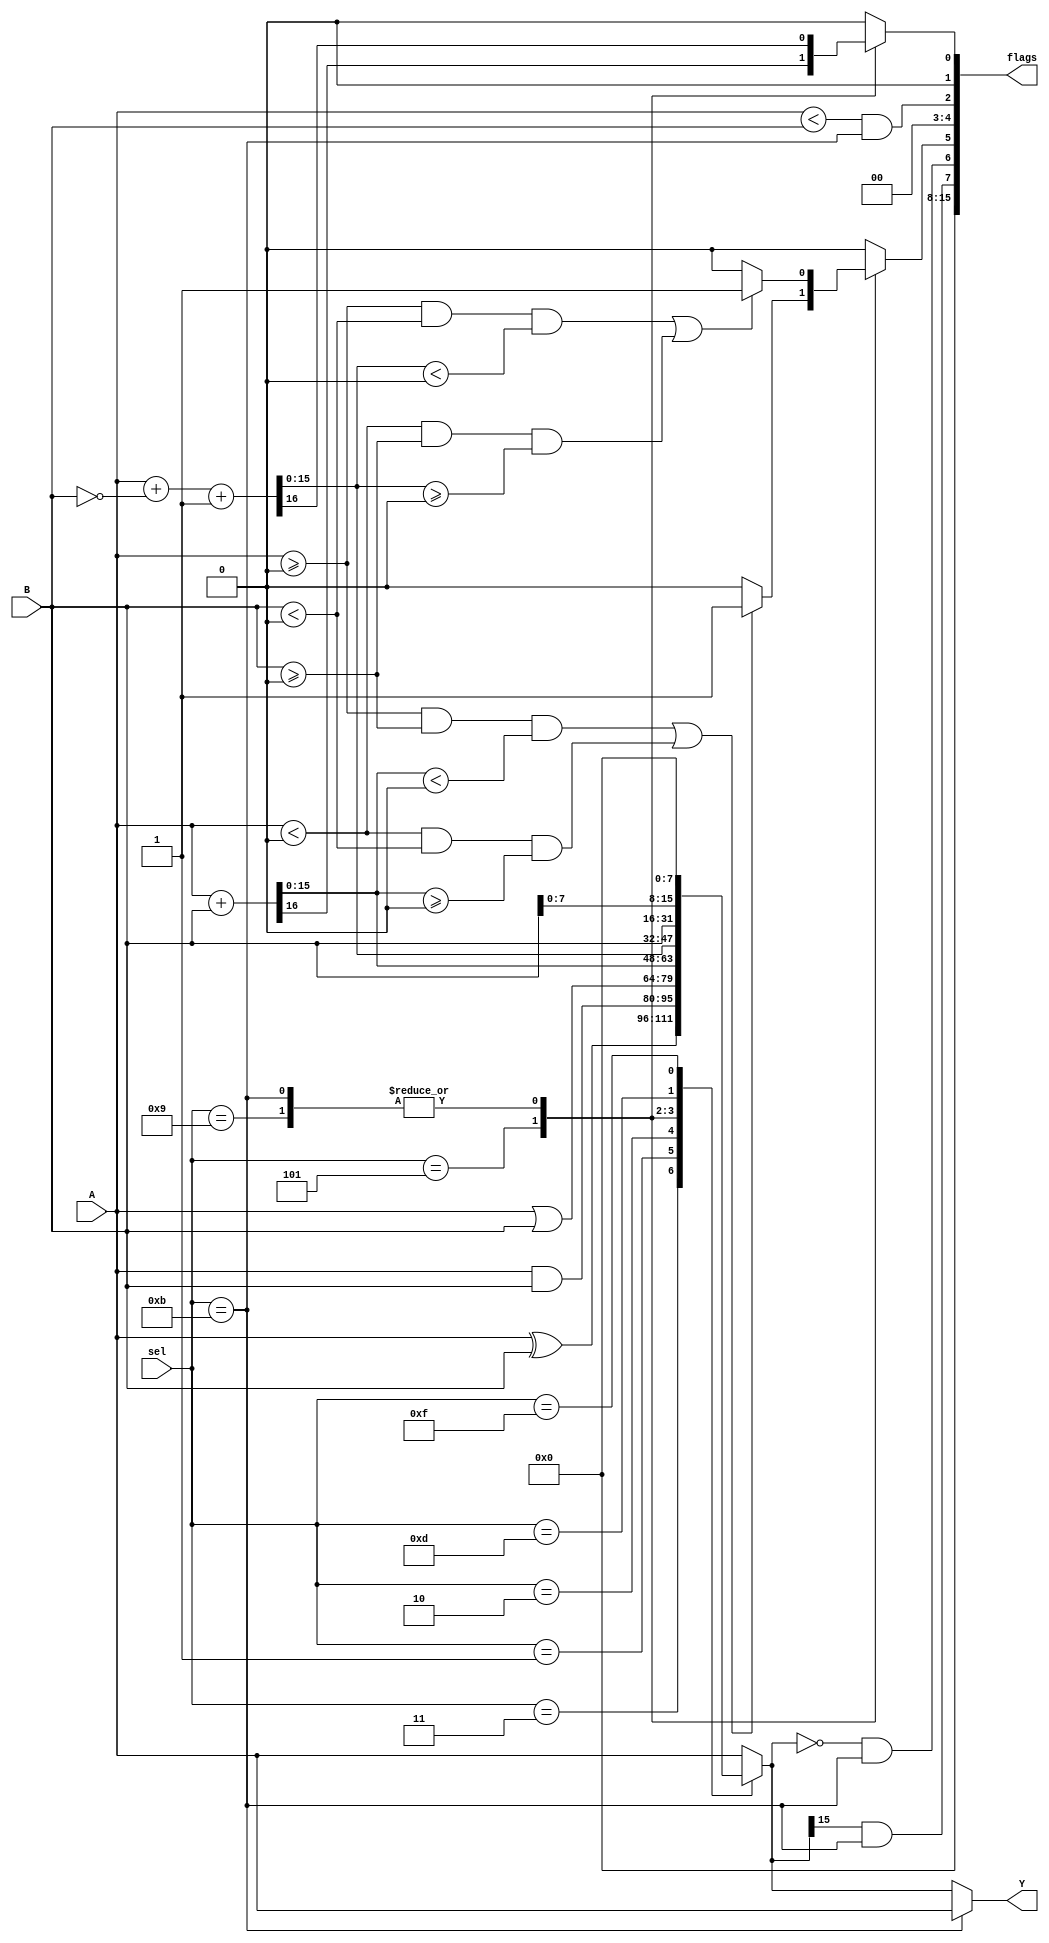
module alu_behav
	( output [15:0] Y,
	  output [15:0] flags,
	  input [15:0] A,
	  input [15:0] B,
	  input [3:0] sel
    );
	 
	 
	 reg [15:0] outreg;
	 reg [15:0] flagreg;
	 
	 reg carry;
	 reg overflow;
	 
	 always @(A, B, sel) begin
		
		flagreg = 0;
		carry = 0;
		overflow = 0;
		
		case(sel)
			4'b0011: begin						// XOR
							outreg = A ^ B;
						end
			4'b0001: begin						// AND
							outreg = A & B;
						end
			4'b0010: begin						// OR
							outreg = A | B;
						end
			4'b0101: begin						// ADD
							{carry, outreg} = A + B;
							overflow = (($signed(A) >= 0 && $signed(B) >= 0 && $signed(outreg) < 0) || ($signed(A) < 0 && $signed(B) < 0 && $signed(outreg) >= 0)) ? 1'b1 : 1'b0;
						end
			4'b1001, 
			4'b1011:	begin						// SUB or CMP
							{carry, outreg} = A + ~B + 1'b1;
							overflow = (($signed(A) >= 0 && $signed(B) < 0 && $signed(outreg) < 0) || ($signed(A) < 0 && $signed(B) >= 0 && $signed(outreg) >= 0)) ? 1'b1 : 1'b0;
						end
			4'b1101: begin						// MOV
							outreg = B;
						end
			4'b1111: begin						// Load Upper
							outreg = { B[7:0], {(8){1'b0}} };
						end
						
			default: begin 
							outreg = A;			// Do nothing 
							flagreg = 0;
						end
			
		endcase
					
		flagreg[0] = carry;	// Carry set by ADD and SUB only.
		flagreg[2] = (A < B) && (sel == 4'b1011);	// Low Flag set by CMP only.
		flagreg[5] = overflow; // Overflow set by ADD and SUB only.
		flagreg[6] = (outreg == 16'b0) && (sel == 4'b1011); // Zero Flag set by CMP only.
		flagreg[7] = outreg[15] && (sel == 4'b1011); // Negative (Sign) Flag set by CMP only.
		
		if(sel == 4'b1011) begin
			outreg = A;
		end
		
	 end
	 
	 assign Y = outreg;
	 assign flags = flagreg;
		
endmodule